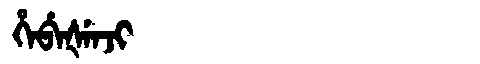
Manchu: ᡥᡝᠪᡝᡧᡝᠨᠵᡳ
Romanization: HEBEŠENJI